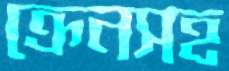
ক্রেনসহ